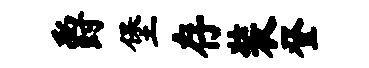
爵堡存装登